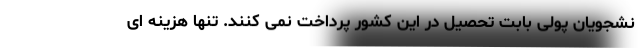
نشجویان پولی بابت تحصیل در این کشور پرداخت نمی کنند. تنها هزینه ای